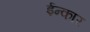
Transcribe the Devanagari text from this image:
ईन्कार